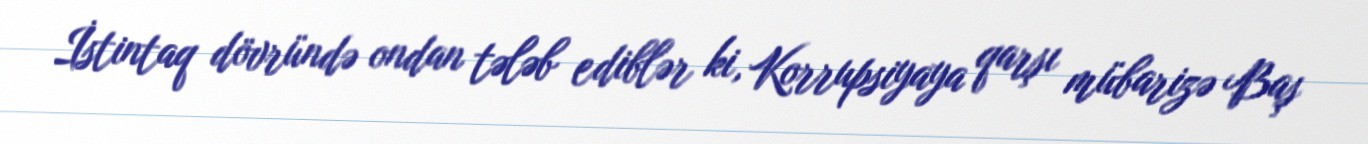
İstintaq dövründə ondan tələb ediblər ki, Korrupsiyaya qarşı mübarizə Baş